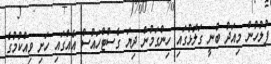
ފުލުހުން މިއަދު ބުނީ ގަލޮޅުގައި ހިންގަމުން ދިޔަ ގެސްޓްހައުސް އެއްގައި ހަށި ވިއްކުމުގެ